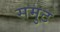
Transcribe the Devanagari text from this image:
समुट